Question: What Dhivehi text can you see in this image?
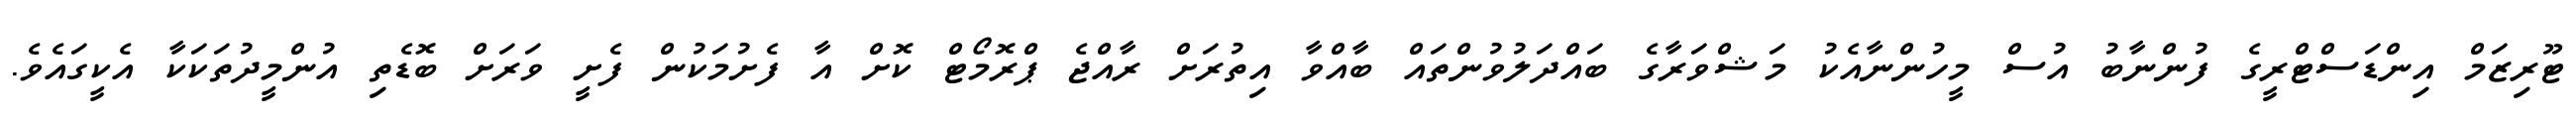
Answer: ޓޫރިޒަމް އިންޑަސްޓްރީގެ ފުންނާބު އުސް މީހުންނާއެކު މަޝްވަރާގެ ބައްދަލުވުންތައް ބާއްވާ އިތުރަށް ރާއްޖެ ޕްރޮމޯޓް ކޮށް އާ ފެށުމަކުން ފެށީ ވަރަށް ބޮޑެތި އުންމީދުތަކަކާ އެކީގައެވެ.